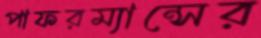
পাফরম্যান্সের